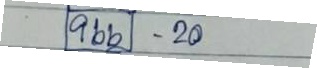
966 - 20